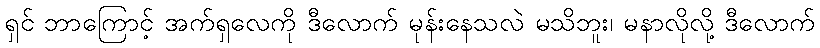
ရှင် ဘာကြောင့် အက်ရှလေကို ဒီလောက် မုန်းနေသလဲ မသိဘူး၊ မနာလိုလို့ ဒီလောက်